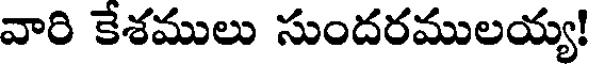
వారి కేశములు సుందరములయ్య!